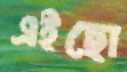
এইছো